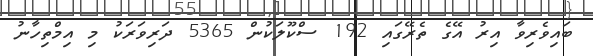
ބައިވެރިވާ އިރު އޭގެ ތެރޭގައި 192 ސްކޫލަކުން 5365 ދަރިވަރަކު މި އިމްތިހާނު